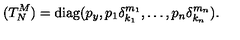
( T _ { N } ^ { M } ) = \mathrm { d i a g } ( p _ { y } , p _ { 1 } \delta _ { k _ { 1 } } ^ { m _ { 1 } } , \ldots , p _ { n } \delta _ { k _ { n } } ^ { m _ { n } } ) .